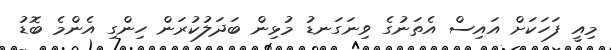
މިއީ ފަހަކަށް އައިސް އެތަނުގެ ވިނަގަނޑު މުޅިން ބަދަލުކުރަން ހިންގި އެންމެ ބޮޑު